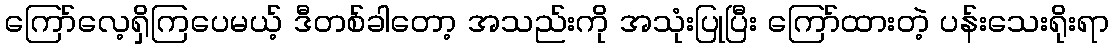
ကြော်လေ့ရှိကြပေမယ့် ဒီတစ်ခါတော့ အသည်းကို အသုံးပြုပြီး ကြော်ထားတဲ့ ပန်းသေးရိုးရာ